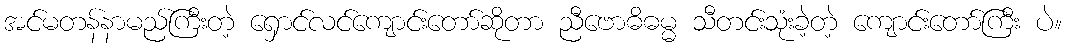
အင်မတန်နာမည်ကြီးတဲ့ ရှောင်လင်ကျောင်းတော်ဆိုတာ ညီဗောဓိဓမ္မ သီတင်းသုံးခဲ့တဲ့ ကျောင်းတော်ကြီး ပဲ။